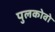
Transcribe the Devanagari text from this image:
पुलकोवो